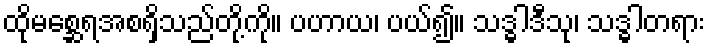
ထိုမစ္ဆေရအစရှိသည်တို့ကို။ ပဟာယ၊ ပယ်၍။ သဒ္ဓါဒီသု၊ သဒ္ဓါတရား